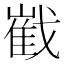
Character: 𱟠